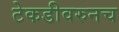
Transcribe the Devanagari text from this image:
टेकडीवरुनच